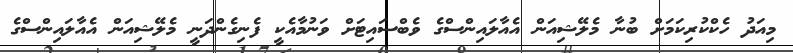
މިއަދު ހެކްކުރިކަމަށް ބުނާ މެލޭޝިއަން އެއާލައިންސްގެ ވެބްސައިޓަށް ވަނުމާއެކީ ފެނިގެންދަނީ މެލޭޝިއަން އެއާލައިންސްގެ